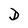
Character: D